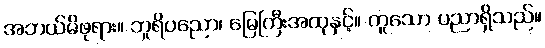
အဘယ်မိဖုရား။ ဘူရိပညော၊ မြေကြီးအထုနှင့်။ တူသော ပညာရှိသည်။